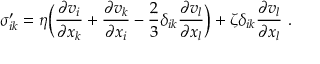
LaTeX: \sigma _ { i k } ^ { \prime } = \eta \Bigl ( { \frac { \partial v _ { i } } { \partial x _ { k } } } + { \frac { \partial v _ { k } } { \partial x _ { i } } } - { \frac { 2 } { 3 } } \delta _ { i k } { \frac { \partial v _ { l } } { \partial x _ { l } } } \Bigr ) + \zeta \delta _ { i k } { \frac { \partial v _ { l } } { \partial x _ { l } } } \ .